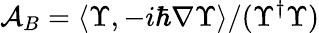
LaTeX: \mathcal{A}_{B}=\left\langle\Upsilon,-i\hbar\nabla\Upsilon\right\rangle/(\Upsilon^{\dagger}\Upsilon)